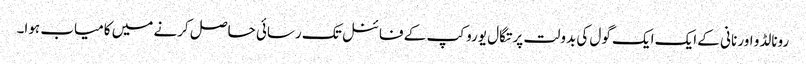
رونالڈو اور نانی کے ایک ایک گول کی بدولت پرتگال یورو کپ کے فائنل تک رسائی حاصل کرنے میں کامیاب ہوا۔